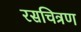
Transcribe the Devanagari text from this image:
रसचित्रण